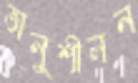
অনুশীলন